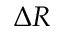
\Delta R